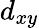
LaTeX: d_{xy}